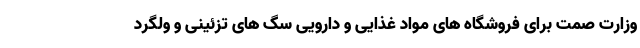
وزارت صمت برای فروشگاه های مواد غذایی و دارویی سگ های تزئینی و ولگرد